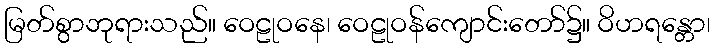
မြတ်စွာဘုရားသည်။ ဝေဠုဝနေ၊ ဝေဠုဝန်ကျောင်းတော်၌။ ဝိဟရန္တော၊